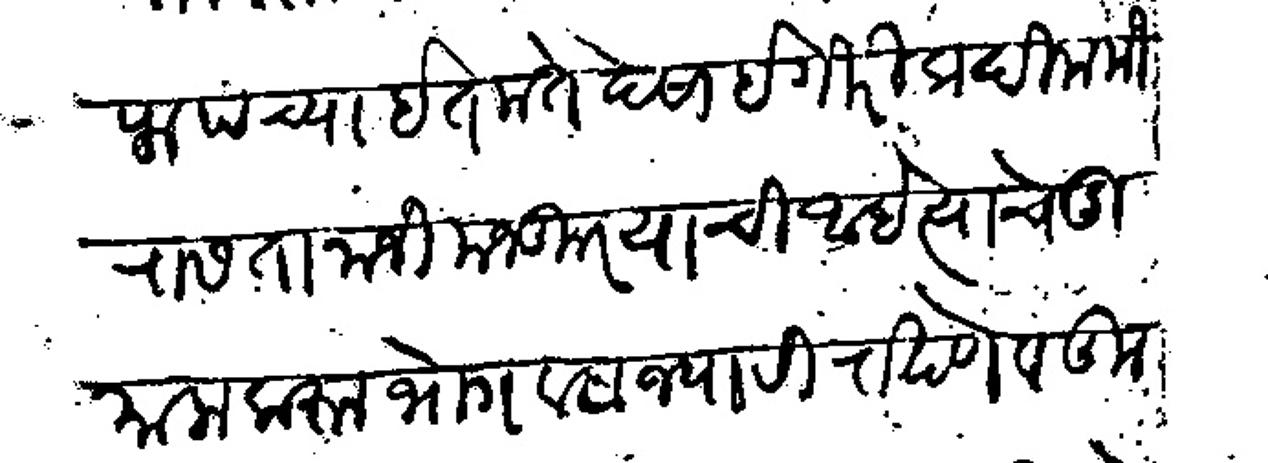
Transliteration (Devanagari): शराफरीक पंच्याईत मते देसाईगीरी कदीम मिरास तानाजी मजकूर याची आहे त्याचे दुमाला करून भोगवटा ज्यारी राखणे व तुकोजी